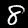
Label: 8